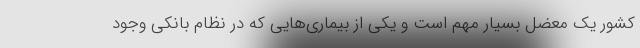
کشور یک معضل بسیار مهم است و یکی از بیماری‌هایی که در نظام بانکی وجود